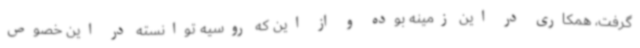
گرفت، همکاری در این زمینه بوده و از این که روسیه توانسته در این خصوص